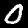
Digit: 0